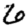
Digit: 6